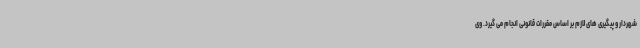
شهردار و پیگیری های لازم بر اساس مقررات قانونی انجام می گیرد. وی